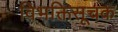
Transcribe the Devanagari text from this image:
विभक्तिसूचक